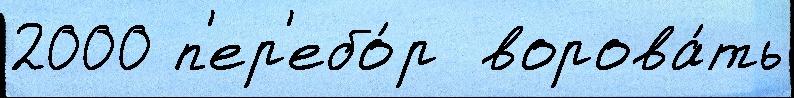
2000 п'ер'ебо́р  ворова́ть